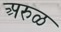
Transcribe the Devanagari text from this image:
अरुळ